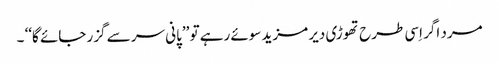
مرد اگر اِسی طرح تھوڑی دیر مزید سوئے رہے تو ’’پانی سر سے گزر جائے گا‘‘ ۔